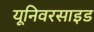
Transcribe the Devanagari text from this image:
यूनिवरसाइड